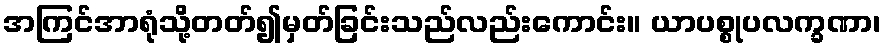
အကြင်အာရုံသို့တတ်၍မှတ်ခြင်းသည်လည်းကောင်း။ ယာပစ္စုပလက္ခဏာ၊